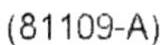
(81109-A)